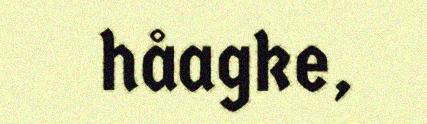
håagke,